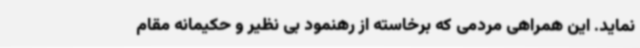
نماید. این همراهی مردمی که برخاسته از رهنمود بی نظیر و حکیمانه مقام